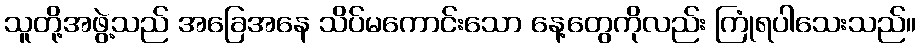
သူတို့အဖွဲ့သည် အခြေအနေ သိပ်မကောင်းသော နေ့တွေကိုလည်း ကြုံရပါသေးသည်။